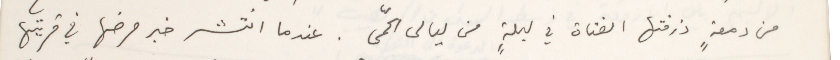
من دمعةٍ ذرفتها الفتاة في ليلةٍ من ليالى الحمّى. عندما انتشر خبر مرضها في قريتها